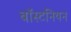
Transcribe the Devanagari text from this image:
बॉस्टनियन